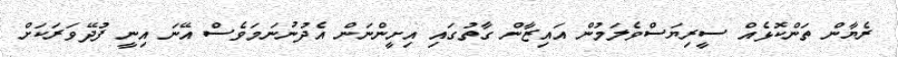
ރެޔާން ތަންކޮޅެއް ސީރިޔަސްވެލަމުން އައިޒާން ގާތުގައި އިށީންނަން އެދުނުނަމަވެސް އޭނަ އިނީ ފުދޭވަރަކަށް